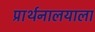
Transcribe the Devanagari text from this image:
प्रार्थनालयाला